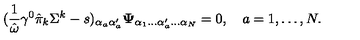
( { \frac { 1 } { \hat { \omega } } } \gamma ^ { 0 } \hat { \pi } _ { k } \Sigma ^ { k } - s ) _ { \alpha _ { a } \alpha _ { a } ^ { \prime } } { \bf \Psi } _ { \alpha _ { 1 } \ldots \alpha _ { a } ^ { \prime } \ldots \alpha _ { N } } = 0 , \quad a = 1 , \ldots , N .